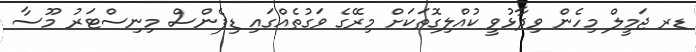
ޑރ ޖަމީލް މިހެން ވިދާޅުވީ ކުއްލިގޮތަކަށް މިރޭގެ ވަގުތެއްގައި ޑިފެންސް މިނިސްޓަރު މޫސާ